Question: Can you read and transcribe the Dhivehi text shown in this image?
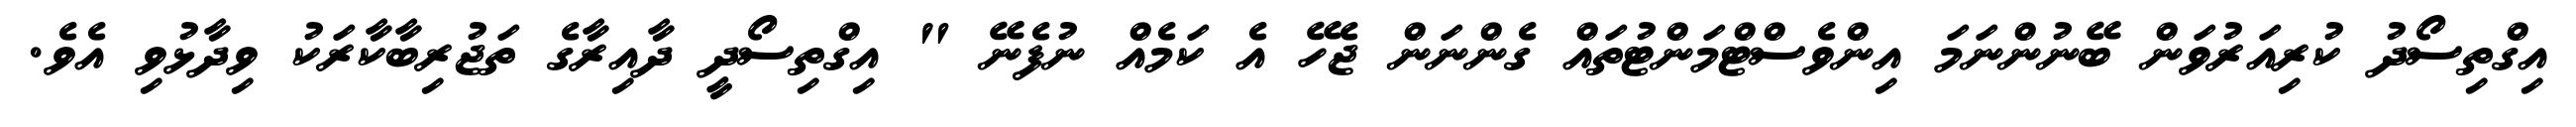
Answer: އިގްތިސޯދު ކުރިއަރުވަން ބޭނުންނަމަ އިންވެސްޓްމަންޓުތައް ގެންނަން ޖެހޭ އެ ކަމެއް ނުފެނޭ " އިގްތިސޯދީ ދާއިރާގެ ތަޖުރިބާކާރަކު ވިދާޅުވި އެވެ.